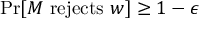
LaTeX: { \mathrm { P r } } [ M { \mathrm { ~ r e j e c t s ~ } } w ] \geq 1 - \epsilon